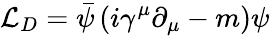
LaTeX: {\mathcal{L}}_{D}={\bar{\psi}}\left(i\gamma^{\mu}\partial_{\mu}-m\right)\psi